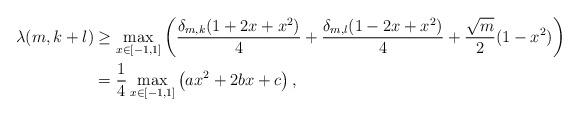
LaTeX: \begin{align*} \lambda(m,k+l)&\geq \max_{x\in[-1,1]}\left( \frac{\delta_{m,k}(1+2x+x^2)}{4}+ \frac{\delta_{m,l}(1-2x+x^2)}{4}+\frac{\sqrt{m}}{2}(1-x^2) \right)\\ &=\frac{1}{4}\max_{x\in [-1,1]}\left( ax^2+2 b x + c \right),\end{align*}